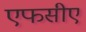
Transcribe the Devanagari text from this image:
एफसीए